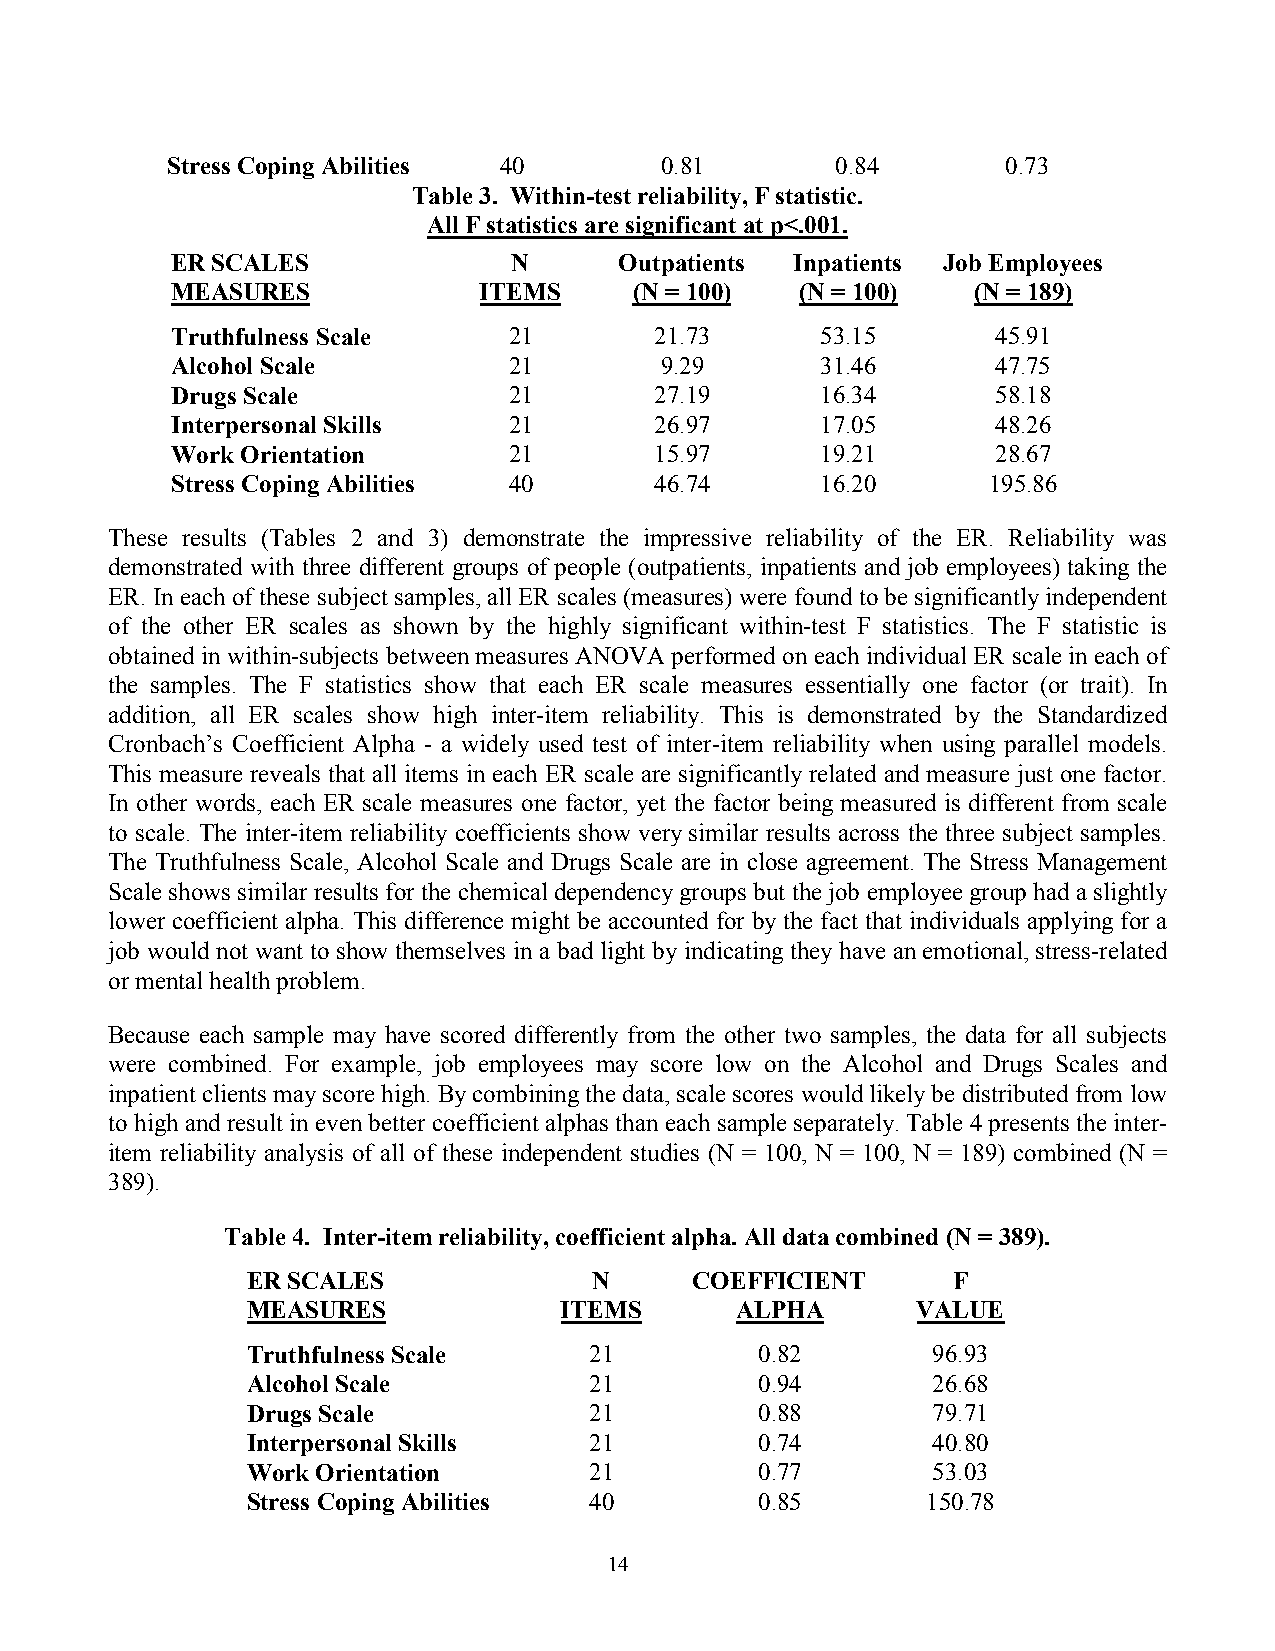
Stress Coping Abilities 40       0.81       0.84        0.73
 Table 3. Within-test reliability, F statistic.
 All F statistics are significant at p<.001.
 ER SCALES              N      Outpatients Inpatients Job Employees
 MEASURES             ITEMS     (N = 100)  (N = 100)  (N = 189)
 Truthfulness Scale     21       21.73      53.15       45.91
 Alcohol Scale          21        9.29      31.46       47.75
 Drugs Scale            21       27.19      16.34       58.18
 Interpersonal Skills   21       26.97      17.05       48.26
 Work Orientation       21       15.97      19.21       28.67
 Stress Coping Abilities 40      46.74      16.20      195.86
 These results (Tables 2 and 3) demonstrate the impressive reliability of the ER. Reliability was
 demonstrated with three different groups of people (outpatients, inpatients and job employees) taking the
 ER. In each of these subject samples, all ER scales (measures) were found to be significantly independent
 of the other ER scales as shown by the highly significant within-test F statistics. The F statistic is
 obtained in within-subjects between measures ANOVA performed on each individual ER scale in each of
 the samples. The F statistics show that each ER scale measures essentially one factor (or trait). In
 addition, all ER scales show high inter-item reliability. This is demonstrated by the Standardized
 Cronbach’s Coefficient Alpha - a widely used test of inter-item reliability when using parallel models.
 This measure reveals that all items in each ER scale are significantly related and measure just one factor.
 In other words, each ER scale measures one factor, yet the factor being measured is different from scale
 to scale. The inter-item reliability coefficients show very similar results across the three subject samples.
 The Truthfulness Scale, Alcohol Scale and Drugs Scale are in close agreement. The Stress Management
 Scale shows similar results for the chemical dependency groups but the job employee group had a slightly
 lower coefficient alpha. This difference might be accounted for by the fact that individuals applying for a
 job would not want to show themselves in a bad light by indicating they have an emotional, stress-related
 or mental health problem.
 Because each sample may have scored differently from the other two samples, the data for all subjects
 were combined. For example, job employees may score low on the Alcohol and Drugs Scales and
 inpatient clients may score high. By combining the data, scale scores would likely be distributed from low
 to high and result in even better coefficient alphas than each sample separately. Table 4 presents the inter-
 item reliability analysis of all of these independent studies (N = 100, N = 100, N = 189) combined (N =
 389).
 Table 4. Inter-item reliability, coefficient alpha. All data combined (N = 389).
 ER SCALES              N      COEFFICIENT      F
 MEASURES             ITEMS       ALPHA       VALUE
 Truthfulness Scale     21         0.82        96.93
 Alcohol Scale          21         0.94        26.68
 Drugs Scale            21         0.88        79.71
 Interpersonal Skills   21         0.74        40.80
 Work Orientation       21         0.77        53.03
 Stress Coping Abilities 40        0.85       150.78
 14